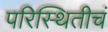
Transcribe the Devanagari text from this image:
परिस्थितीचं